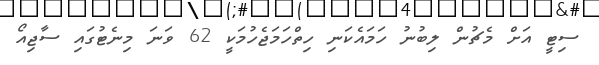
ސިޓީ އަށް މެޗުން ލިބުނު ހަމައެކަނި ހިތްހަމަޖެހުމަކީ 62 ވަނަ މިނެޓުގައި ސާޖިއޯ